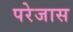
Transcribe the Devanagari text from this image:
परेजास